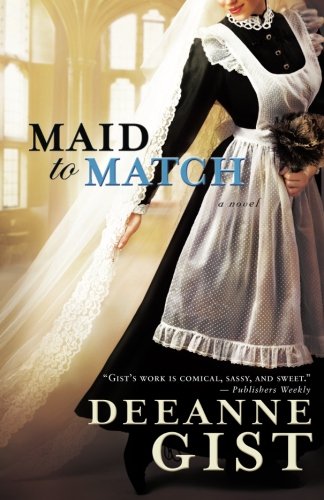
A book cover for Maid to Match; Deeanne Gist; Christian Books & Bibles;